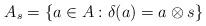
LaTeX: \begin{align*}A_s=\{a\in A:\delta(a)=a\otimes s\}\end{align*}